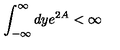
\int _ { - \infty } ^ { \infty } d y e ^ { 2 A } < \infty